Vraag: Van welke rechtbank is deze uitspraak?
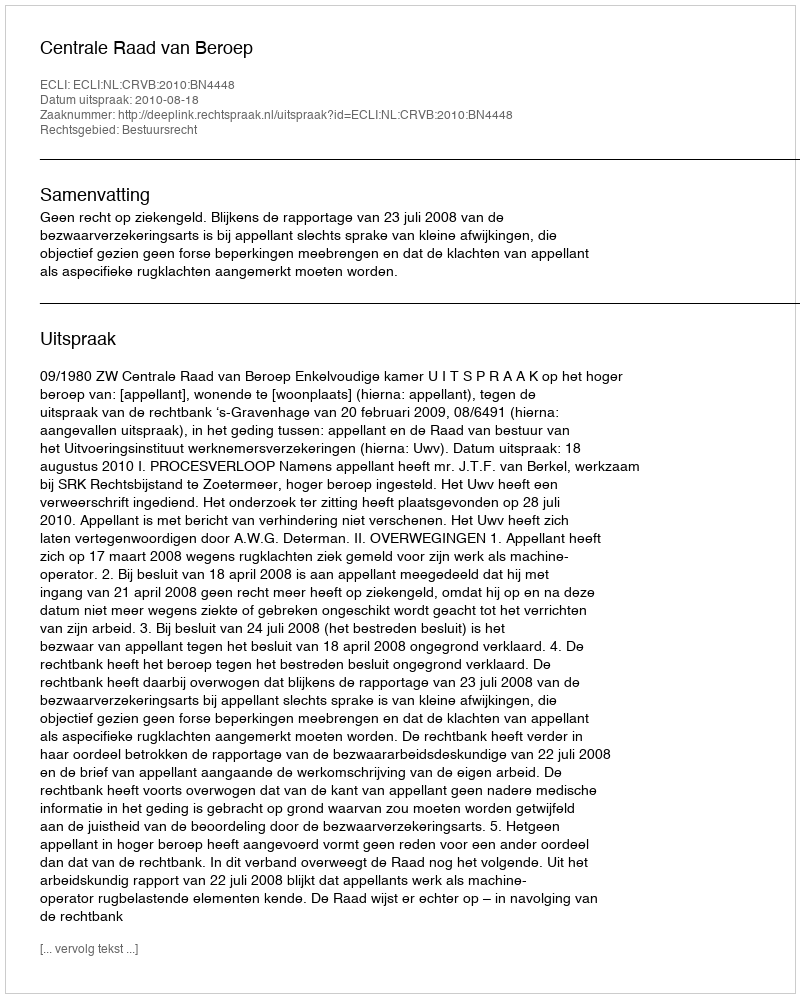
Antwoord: Centrale Raad van Beroep